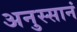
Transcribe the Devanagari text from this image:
अनुस्सानं